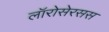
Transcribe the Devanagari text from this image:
लॉरोसेरसस